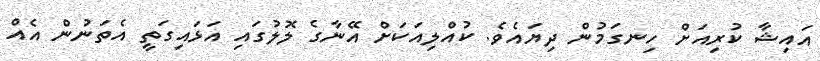
އައިޝާ ކުރިއަށް ހިނގަމުން ދިޔައެވެ. ކުއްލިއަކަށް އޭނާގެ ލޮލުގައި އަޅައިގަތީ އެތަނުން އެއް